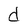
Character: d